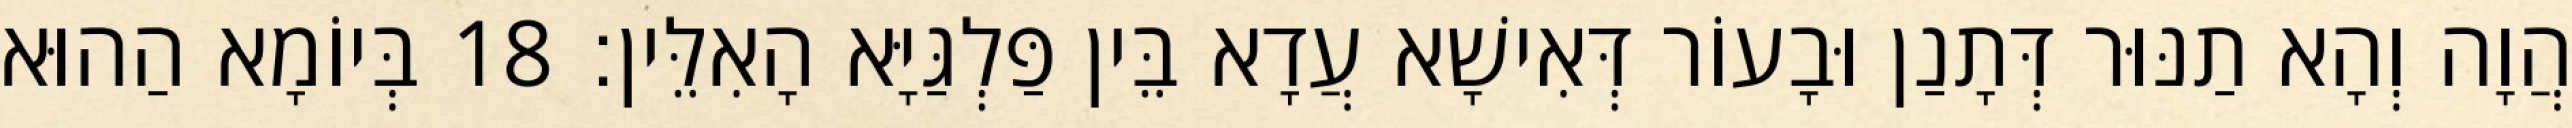
הֲוָה וְהָא תַנּוּר דְּתָנַן וּבָעוֹר דְּאִישָׁא עֲדָא בֵּין פַּלְגַּיָּא הָאִלֵּין׃ 18 בְּיוֹמָא הַהוּא